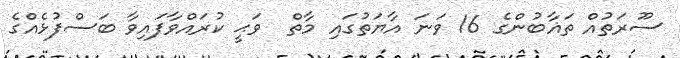
ސޫރަތުއް ތަޣާބުންގެ 16 ވަނަ އާޔަތުގައި މާތް  ވަޙީ ކުރައްވާފައިވާ ބަސްފުޅެއްގެ